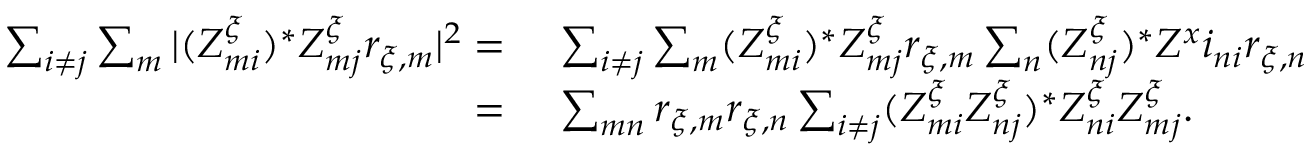
\begin{array} { r l } { \sum _ { i \neq j } \sum _ { m } | ( Z _ { m i } ^ { \xi } ) ^ { * } Z _ { m j } ^ { \xi } r _ { \xi , m } | ^ { 2 } = \, } & { { } \sum _ { i \neq j } \sum _ { m } ( Z _ { m i } ^ { \xi } ) ^ { * } Z _ { m j } ^ { \xi } r _ { \xi , m } \sum _ { n } ( Z _ { n j } ^ { \xi } ) ^ { * } Z ^ { x } i _ { n i } r _ { \xi , n } } \\ { = \, } & { { } \sum _ { m n } r _ { \xi , m } r _ { \xi , n } \sum _ { i \neq j } ( Z _ { m i } ^ { \xi } Z _ { n j } ^ { \xi } ) ^ { * } Z _ { n i } ^ { \xi } Z _ { m j } ^ { \xi } . } \end{array}